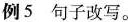
例5 句子改写。